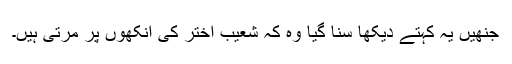
جنھیں یہ کہتے دیکھا سنا گیا وہ کہ شعیب اختر کی آنکھوں پر مرتی ہیں۔